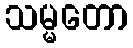
သမ္မတော